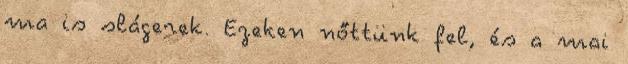
ma is slágerek. Ezeken nőttünk fel, és a mai